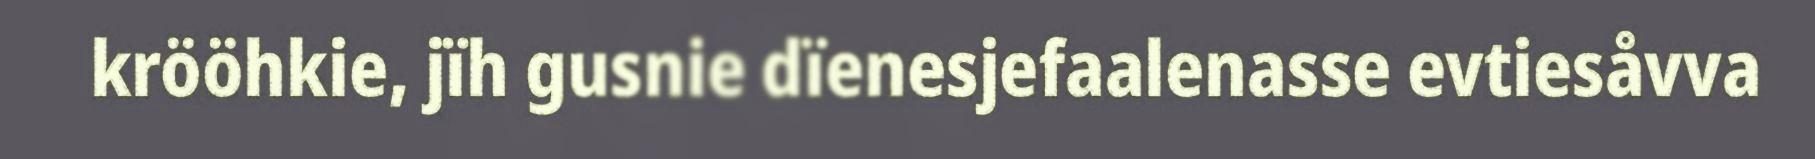
krööhkie, jïh gusnie dïenesjefaalenasse evtiesåvva